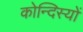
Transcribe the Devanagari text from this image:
कोन्दिस्यों